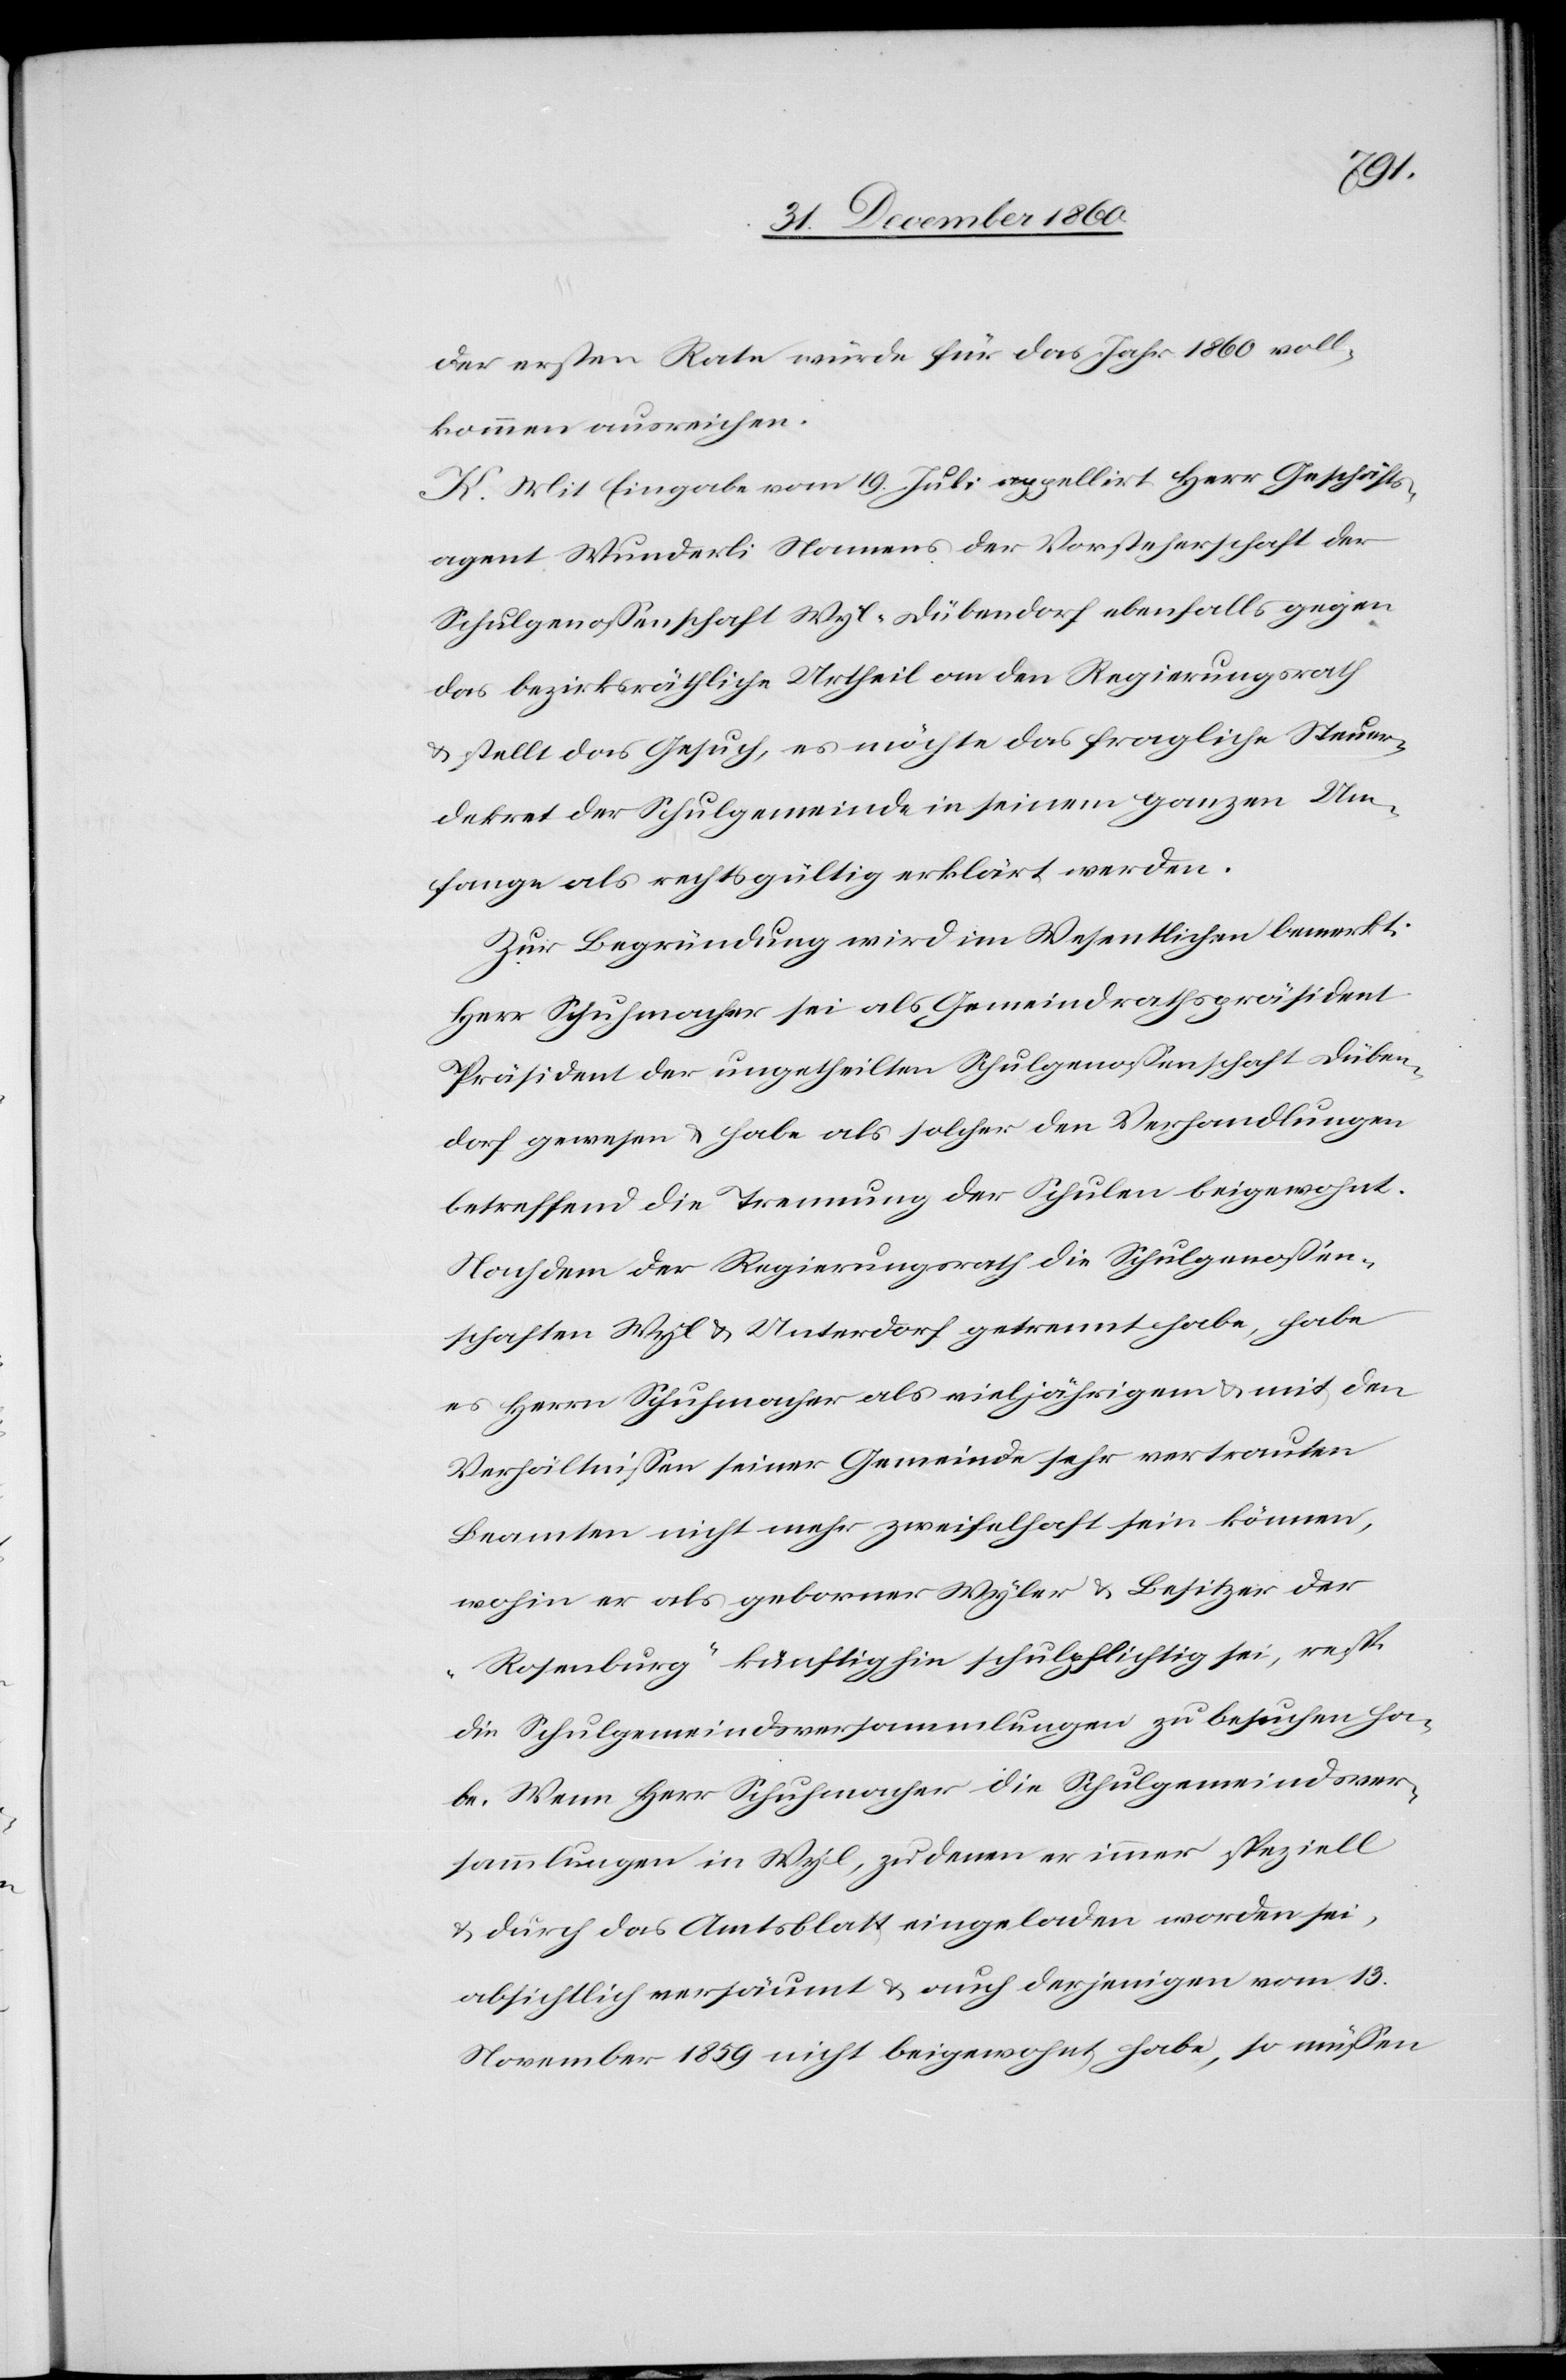
der erstern Rate würde für das Jahr 1860 voll¬
kommen ausreichen.
K. Mit Eingabe vom 19. Juli appellirt Herr Geschäfts¬
agent Wunderli Namens der Vorsteherschaft der
Schulgenossenschaft Wyl-Dübendorf ebenfalls gegen
das bezirksräthliche Urtheil an den Regierungsrath
u. stellt das Gesuch, es möchte das fragliche Steuer¬
dekret der Schulgemeinde in seinem ganzen Um¬
fange als rechtsgültig erklärt werden.
Zur Begründung wird im Wesentlichen bemerkt:
Herr Schuhmacher sei als Gemeindrathspräsident
Präsident der ungetheilten Schulgenossenschaft Düben¬
dorf gewesen u. habe als solcher den Verhandlungen
betreffend die Trennung der Schulen beigewohnt.
Nachdem der Regierungsrath die Schulgenossen¬
schaften Wyl u. Unterdorf getrennt habe, habe
es Herrn Schuhmacher als vieljährigem u. mit den
Verhältnissen seiner Gemeinde sehr vertrauten
Beamten nicht mehr zweifelhaft sein können,
wohin er als geborner Wyler u. Besitzer der
„Rosenburg“ künftig hin schulpflichtig sei, resp.
die Schulgemeindsversammlungen zu besuchen ha¬
be. Wenn Herr Schuhmacher die Schulgemeindsver¬
sammlungen in Wyl, zu denen er immer speziell
u. durch das Amtsblatt eingeladen worden sei,
absichtlich versäumt u. auch derjenigen vom 13.
November 1859 nicht beigewohnt habe, so müssen